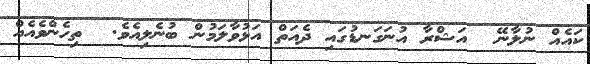
ކައެއް ނުލާނޭ  އަޝްރާ އުނަގަނޑުގައި ދެއަތް އަޅުވާލަމުން ބުނެލިއެވެ.  ތިހެންވެއެއް